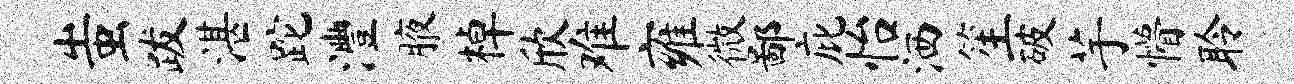
蚩跋湛跎澧腋棹欣难雍微鄙庇怡洒笙破芋懵聆